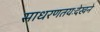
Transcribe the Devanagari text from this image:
साधरणतयःदेखने